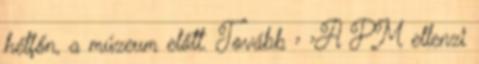
hétfőn, a múzeum előtt. Tovább › ›A PM ellenzi